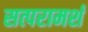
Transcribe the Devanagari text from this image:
सत्परामर्श